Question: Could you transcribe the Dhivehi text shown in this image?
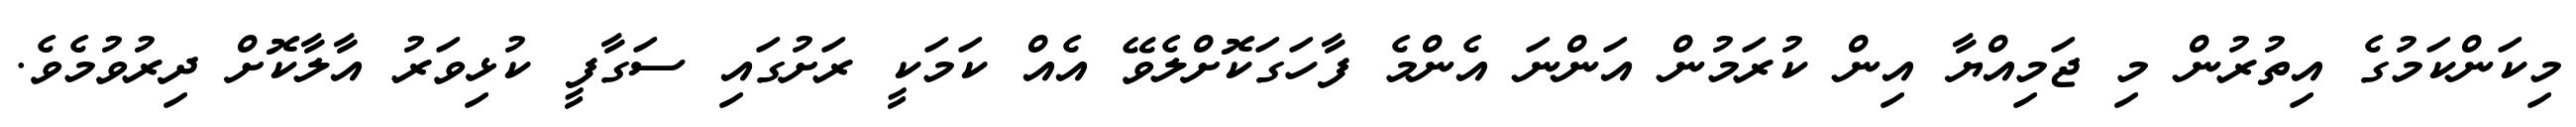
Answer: މިކަންކަމުގެ އިތުރުން މި ޖަމިއްޔާ އިން ކުރަމުން އަންނަ އެންމެ ފާހަގަކޮށްލެވޭ އެއް ކަމަކީ ރަށުގައި ސަގާފީ ކުޅިވަރު އާލާކޮށް ދިރުވުމެވެ.